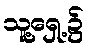
သူ့ရှေ့၌